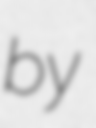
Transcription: by